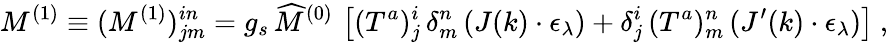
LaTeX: M^{(1)}\equiv(M^{(1)})_{jm}^{in}=g_{s}\, \widehat{M}^{(0)}\, \left[(T^{a})_{j}^{i}\, \delta_{m}^{n}\, (J(k)\cdot\epsilon_{\lambda})+\delta_{j}^{i}\, (T^{a})_{m}^{n}\, (J^{\prime}(k)\cdot\epsilon_{\lambda})\right]~,